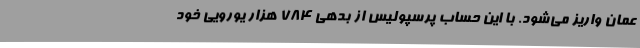
عمان واریز می‌شود. با این حساب پرسپولیس از بدهی 784 هزار یورویی خود